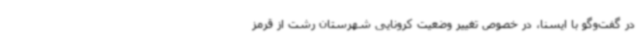
در گفت‌وگو با ایسنا، در خصوص تغییر وضعیت کرونایی شهرستان رشت از قرمز